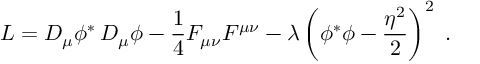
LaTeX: L = D _ { \mu } \phi ^ { * } \, D _ { \mu } \phi - { \frac { 1 } { 4 } } F _ { \mu \nu } F ^ { \mu \nu } - { \lambda } \left( \phi ^ { * } \phi - { \frac { \eta ^ { 2 } } { 2 } } \right) ^ { 2 } \ .